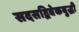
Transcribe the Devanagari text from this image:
सदसद्विवेकबुद्धी